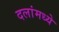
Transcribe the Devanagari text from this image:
दलांमध्ये